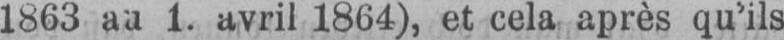
1. avril 1864), et cela après qu’ils